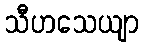
သီဟသေယျာ